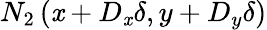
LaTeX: N_{2}\left(\mathit{x}+D_{\mathit{x}}\delta,y+D_{y}\delta\right)